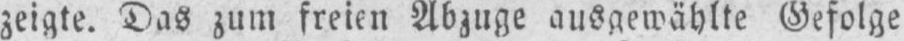
zeigte. Das zum freien Abzuge ausgewählte Gefolge